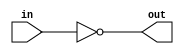
module open_drain_inverter(
  input wire in,
  output reg out
);

assign out = ~in;

endmodule